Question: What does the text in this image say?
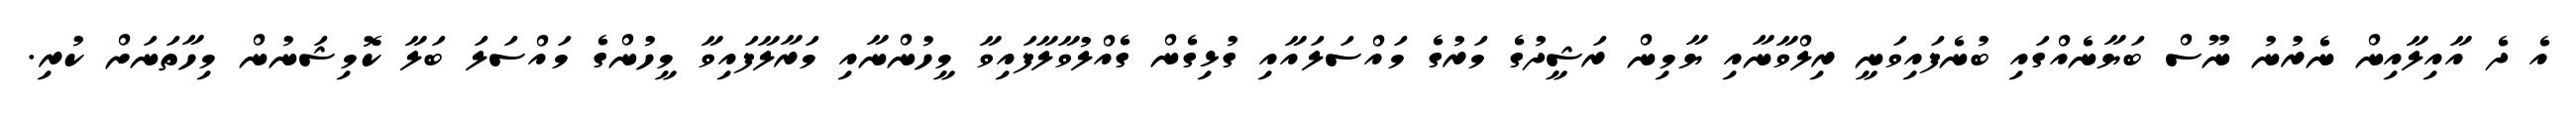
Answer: އެ ދެ އާއިލާއިން ނެރުނު ނޫސް ބަޔާނެއްގައި ބުނެފައިވަނީ ރިލްވާނާއި ޔާމިން ރަޝީދުގެ މަރުގެ މައްސަލައާއި ގުޅިގެން ގެއްލުވާލާފައިވާ މީހުންނާއި މަރާލާފައިވާ މީހުންގެ މައްސަލަ ބަލާ ކޮމިޝަނުން މިހާތަނަށް ކުރި.